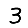
Digit: 3